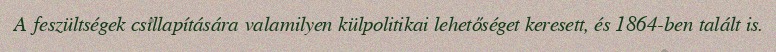
A feszültségek csillapítására valamilyen külpolitikai lehetőséget keresett, és 1864-ben talált is.